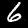
Label: 6